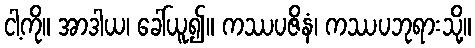
ငါ့ကို။ အာဒါယ၊ ခေါ်ယူ၍။ ကဿပဇိနံ၊ ကဿပဘုရားသို့။